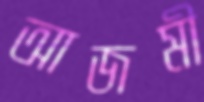
আজমী